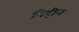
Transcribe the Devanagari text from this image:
विहीन